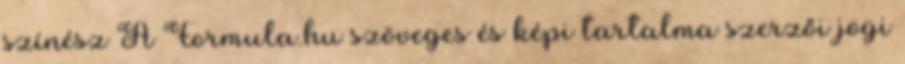
színész A Formula.hu szöveges és képi tartalma szerzői jogi